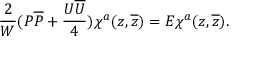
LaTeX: \frac { 2 } { W } ( { \cal P } { \overline { { { \cal P } } } } + \frac { U \overline { { { U } } } } { 4 } ) \chi ^ { a } ( z , \overline { { { z } } } ) = E \chi ^ { a } ( z , \overline { { { z } } } ) .